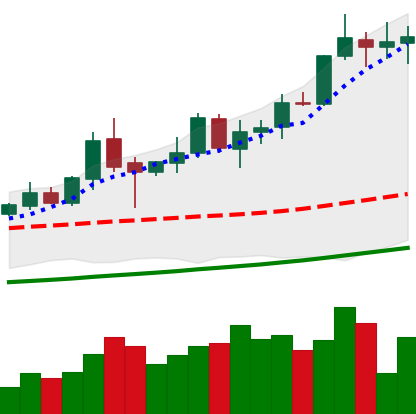
Ticker: XMR-USD
Chart end date: 2020-10-15
Forward return: -9.155%
Label: down_7plus